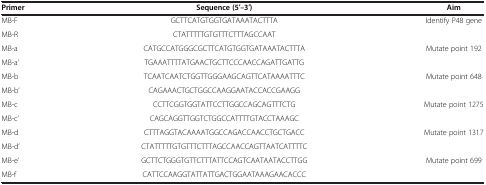
| Primer | Sequence (5′–3′) | Aim |
 | --- | --- | --- |
 | MB-F | GCTTCATGTGGTGATAAATACTTTA | <ROWSPAN=2> Identify P48 gene |
 | MB-R | CTATTTTTGTGTTTCTTTAGCCAAT |
 | MB-a | CATGCCATGGGCGCTTCATGTGGTGATAAATACTTTA | <ROWSPAN=2> Mutate point 192 |
 | MB-a’ | TGAAATTTTATGAACTGCTTCCCAACCAGATTGATTG |
 | MB-b | TCAATCAATCTGGTTGGGAAGCAGTTCATAAAATTTC | <ROWSPAN=2> Mutate point 648 |
 | MB-b’ | CAGAAACTGCTGGCCAAGGAATACCACCGAAGG |
 | MB-c | CCTTCGGTGGTATTCCTTGGCCAGCAGTTTCTG | <ROWSPAN=2> Mutate point 1275 |
 | MB-c’ | CAGCAGGTTGGTCTGGCCATTTTGTACCTAAAGC |
 | MB-d | CTTTAGGTACAAAATGGCCAGACCAACCTGCTGACC | <ROWSPAN=2> Mutate point 1317 |
 | MB-d’ | CTATTTTTGTGTTTCTTTAGCCAACCAGTTAATCATTTTC |
 | MB-e’ | GCTTCTGGGTGTTCTTTATTCCAGTCAATAATACCTTGG | Mutate point 699 |
 | MB-f | CATTCCAAGGTATTATTGACTGGAATAAAGAACACCC |  |